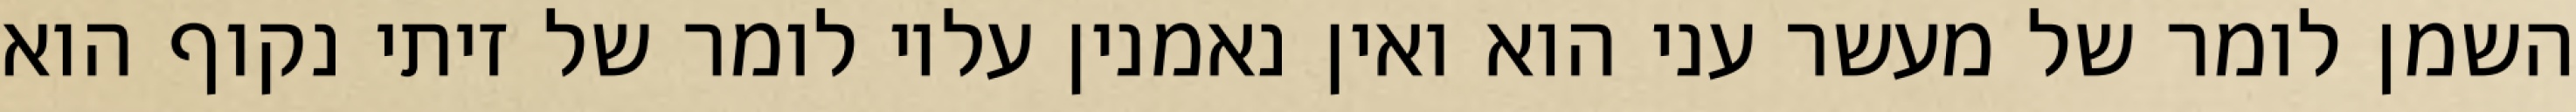
השמן לומר של מעשר עני הוא ואין נאמנין עליו לומר של זיתי נקוף הוא